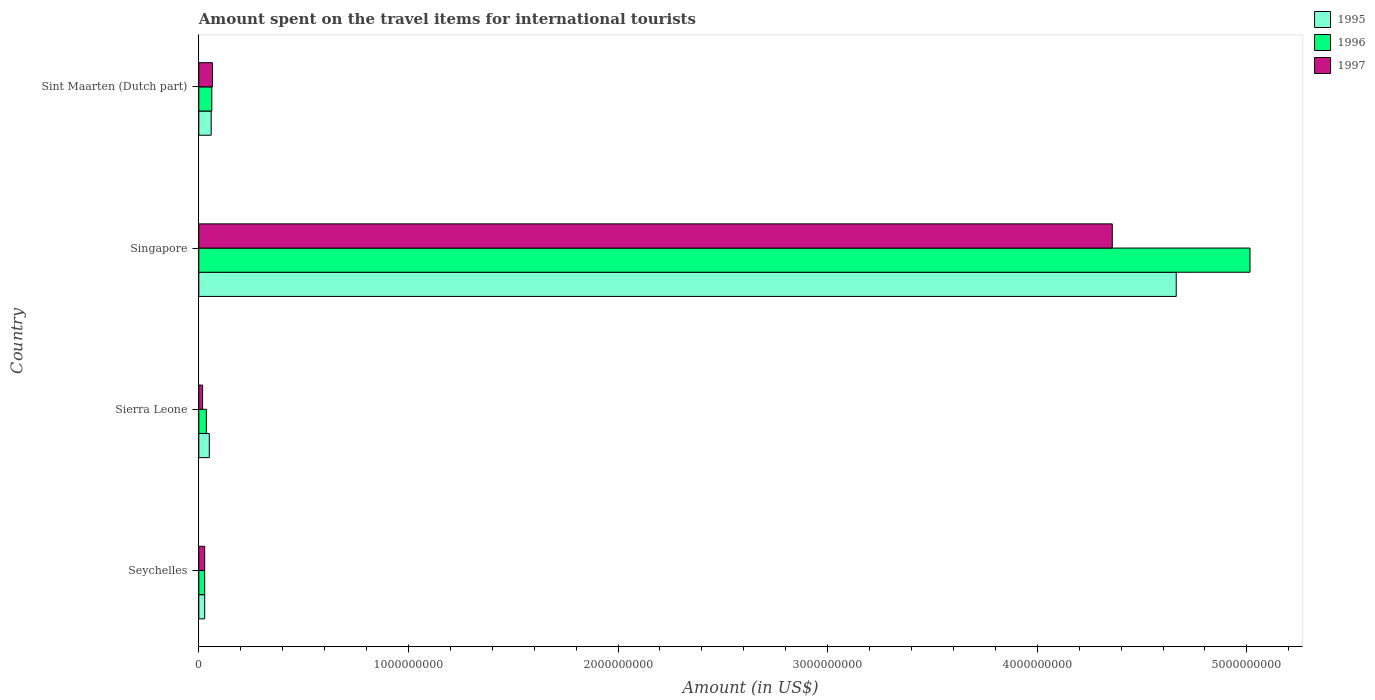
| Country | 1995 | 1996 | 1997 |
 | --- | --- | --- | --- |
 | Seychelles | 2.8e+07 | 2.8e+07 | 2.8e+07 |
 | Sierra Leone | 5e+07 | 3.6e+07 | 1.8e+07 |
 | Singapore | 4.66e+09 | 5.02e+09 | 4.36e+09 |
 | Sint Maarten (Dutch part) | 5.9e+07 | 6.2e+07 | 6.5e+07 |